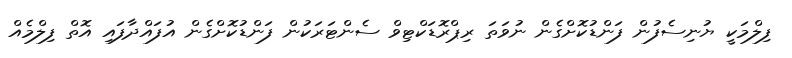
ފިލްމަކީ ޔުނިސެފުން ފަންޑުކޮށްގެން ނުވަތަ ރިޕްރޮޑަކްޓިވް ސެންޓަރަކުން ފަންޑުކޮށްގެން އުފައްދާފައި އޮތް ފިލްމެއް